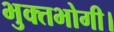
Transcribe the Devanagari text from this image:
भुक्तभोगी।